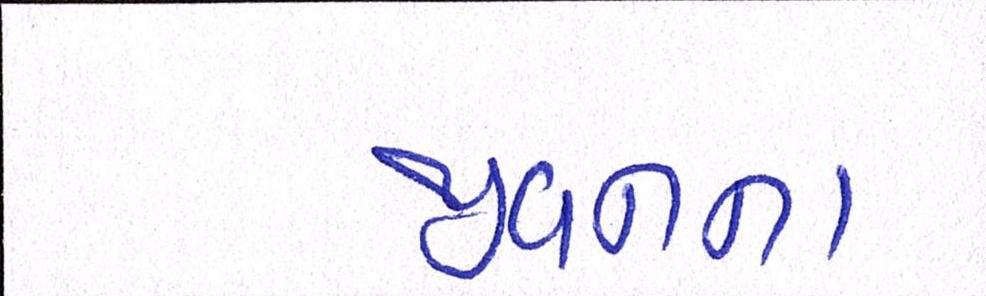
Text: જીવનના